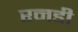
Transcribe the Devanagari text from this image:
रनडी